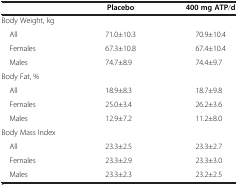
<table><thead><tr><td><b> </b></td><td><b>Placebo</b></td><td><b>400 mg ATP/d</b></td></tr></thead><tbody><tr><td>Body Weight, kg</td><td> </td><td> </td></tr><tr><td> All</td><td>71.0±10.3</td><td>70.9±10.4</td></tr><tr><td> Females</td><td>67.3±10.8</td><td>67.4±10.4</td></tr><tr><td> Males</td><td>74.7±8.9</td><td>74.4±9.7</td></tr><tr><td>Body Fat, %</td><td> </td><td> </td></tr><tr><td> All</td><td>18.9±8.3</td><td>18.7±9.8</td></tr><tr><td> Females</td><td>25.0±3.4</td><td>26.2±3.6</td></tr><tr><td> Males</td><td>12.9±7.2</td><td>11.2±8.0</td></tr><tr><td>Body Mass Index</td><td> </td><td> </td></tr><tr><td> All</td><td>23.3±2.5</td><td>23.3±2.7</td></tr><tr><td> Females</td><td>23.3±2.9</td><td>23.3±3.0</td></tr><tr><td> Males</td><td>23.3±2.3</td><td>23.2±2.5</td></tr></tbody></table>